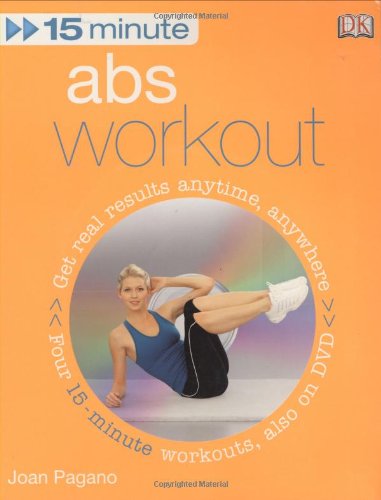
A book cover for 15 Minute Abs Workout; Joan Pagano; Health, Fitness & Dieting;